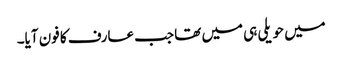
میں حویلی ہی میں تھا جب عارف کا فون آیا۔